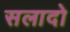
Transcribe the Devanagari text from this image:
सलादो